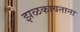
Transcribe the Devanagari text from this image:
झळकावताना